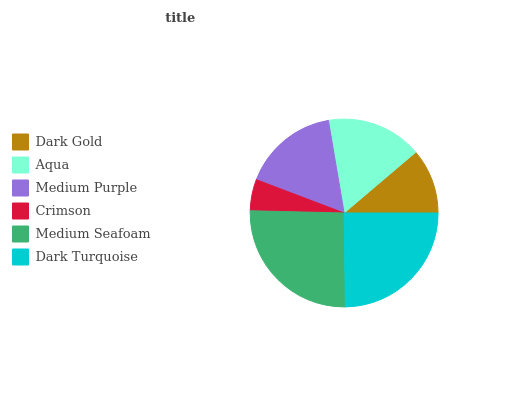
| Dark Gold | Aqua | Medium Purple | Crimson | Medium Seafoam | Dark Turquoise |
 | --- | --- | --- | --- | --- | --- |
 | 11.2% | 16.5% | 16.5% | 5.39% | 25.6% | 24.8% |